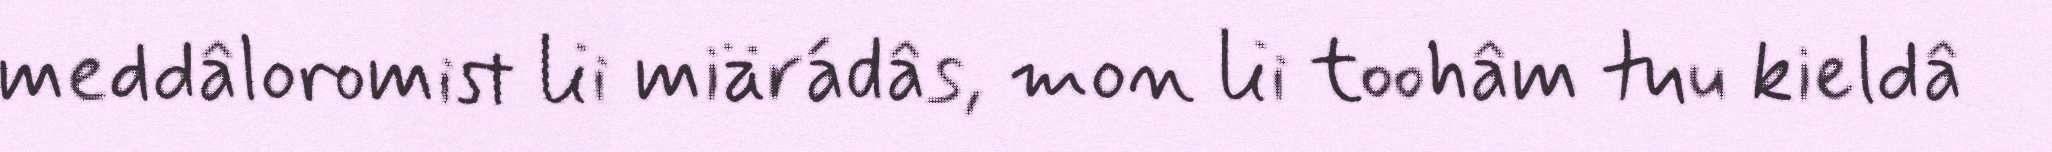
meddâloromist lii miärádâs, mon lii toohâm tuu kieldâ